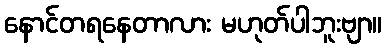
နောင်တရနေတာလား မဟုတ်ပါဘူးဗျာ။